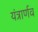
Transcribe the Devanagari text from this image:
यंत्रार्णव